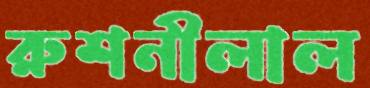
রুশনীলাল